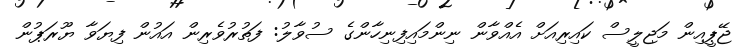
ޖޭޕީއިން މަޖިލީސް ކައިރިއަށް އެއްވާން ނިންމައިފިނިހާންގެ ސުވާލު: ފަތުރުވެރިން އައުން ފިޔަވާ ޔޫރަޕުން